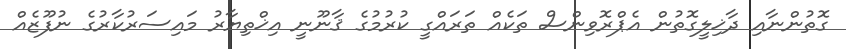
ގޮތުންނާއި ދާޚިލީގޮތުން އެޕްރޮވިންސް ތަކެއް ތަރައްގީ ކުރުމުގެ ޤާނޫނީ އިޚްތިޔާރު މައިސަރުކާރުގެ ނުފޫޒެއް